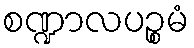
စဏ္ဍာလပဉ္စမံ